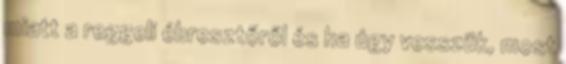
miatt a reggeli ébresztőről és ha úgy vesszük, most